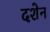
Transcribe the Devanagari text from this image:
दशेन